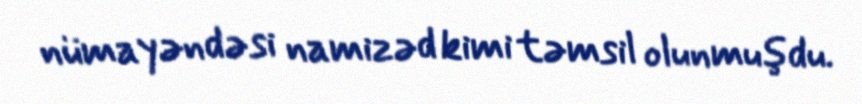
nümayəndəsi namizəd kimi təmsil olunmuşdu.